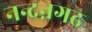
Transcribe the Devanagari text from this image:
नन्दऩगढ